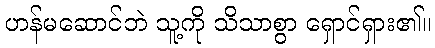
ဟန်မဆောင်ဘဲ သူ့ကို သိသာစွာ ရှောင်ရှား၏။